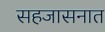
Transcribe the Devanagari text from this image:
सहजासनात